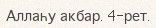
Аллаһу акбар. 4-рет.